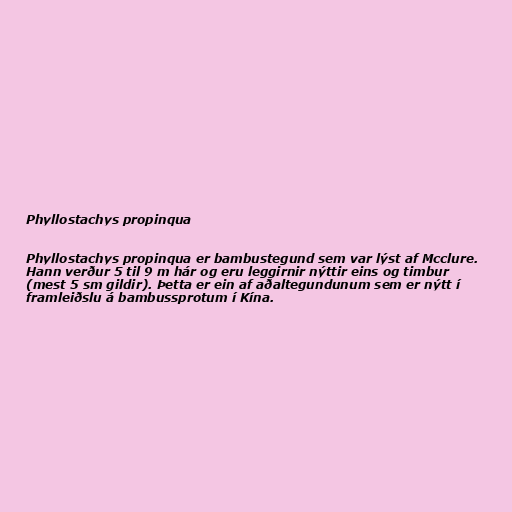
Phyllostachys propinqua

Phyllostachys propinqua er bambustegund sem var lýst af Mcclure.
Hann verður 5 til 9 m hár og eru leggirnir nýttir eins og timbur
(mest 5 sm gildir). Þetta er ein af aðaltegundunum sem er nýtt í
framleiðslu á bambussprotum í Kína.